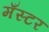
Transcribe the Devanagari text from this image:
मँस्टर